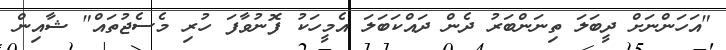
"އަހަންނަށް ދީބަލަ ތިނަންބަރު ދެން ދައްކަބަލަ އެމީހަކު ފޮނުވާފަ ހުރި މެސެޖުތައް" ޝާއިން